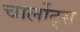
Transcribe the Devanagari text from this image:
चार्लोट्स